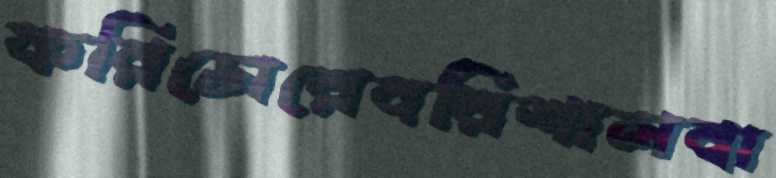
করিডোরেবরিশালবা